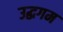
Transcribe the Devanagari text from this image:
उद्धगम